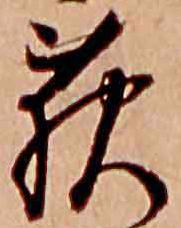
萩